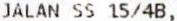
JALAN SS 15/4B,